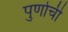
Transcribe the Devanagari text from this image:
पुर्णाची